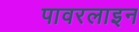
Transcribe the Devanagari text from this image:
पावरलाइन